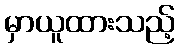
မှာယူထားသည့်